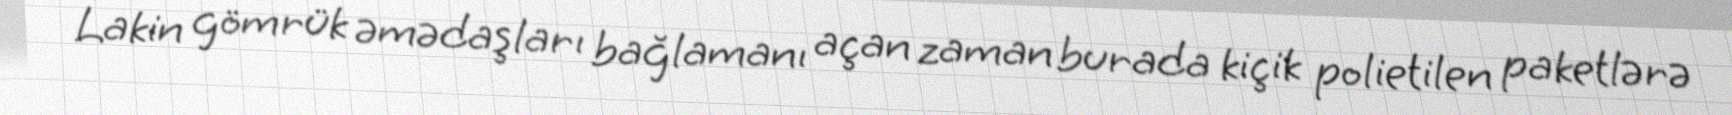
Lakin gömrük əmədaşları bağlamanı açan zaman burada kiçik polietilen paketlərə